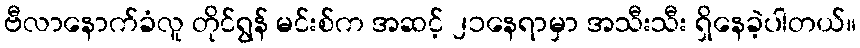
ဗီလာနောက်ခံလူ တိုင်ရွန် မင်းစ်က အဆင့် ၂၁နေရာမှာ အသီးသီး ရှိနေခဲ့ပါတယ်။